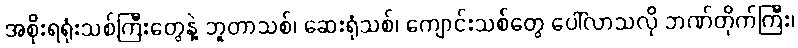
အစိုးရရုံးသစ်ကြီးတွေနဲ့ ဘူတာသစ်၊ ဆေးရုံသစ်၊ ကျောင်းသစ်တွေ ပေါ်လာသလို ဘဏ်တိုက်ကြီး၊